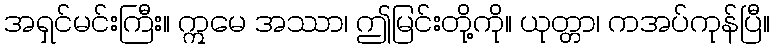
အရှင်မင်းကြီး။ ဣမေ အဿာ၊ ဤမြင်းတို့ကို။ ယုတ္တာ၊ ကအပ်ကုန်ပြီ။